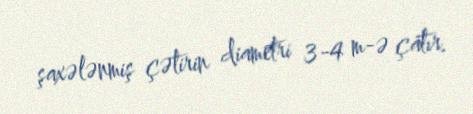
şaxələnmiş çətirin diametri 3-4 m-ə çatır.